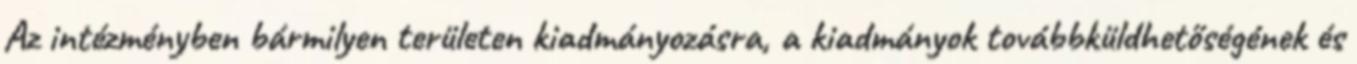
Az intézményben bármilyen területen kiadmányozásra, a kiadmányok továbbküldhetőségének és